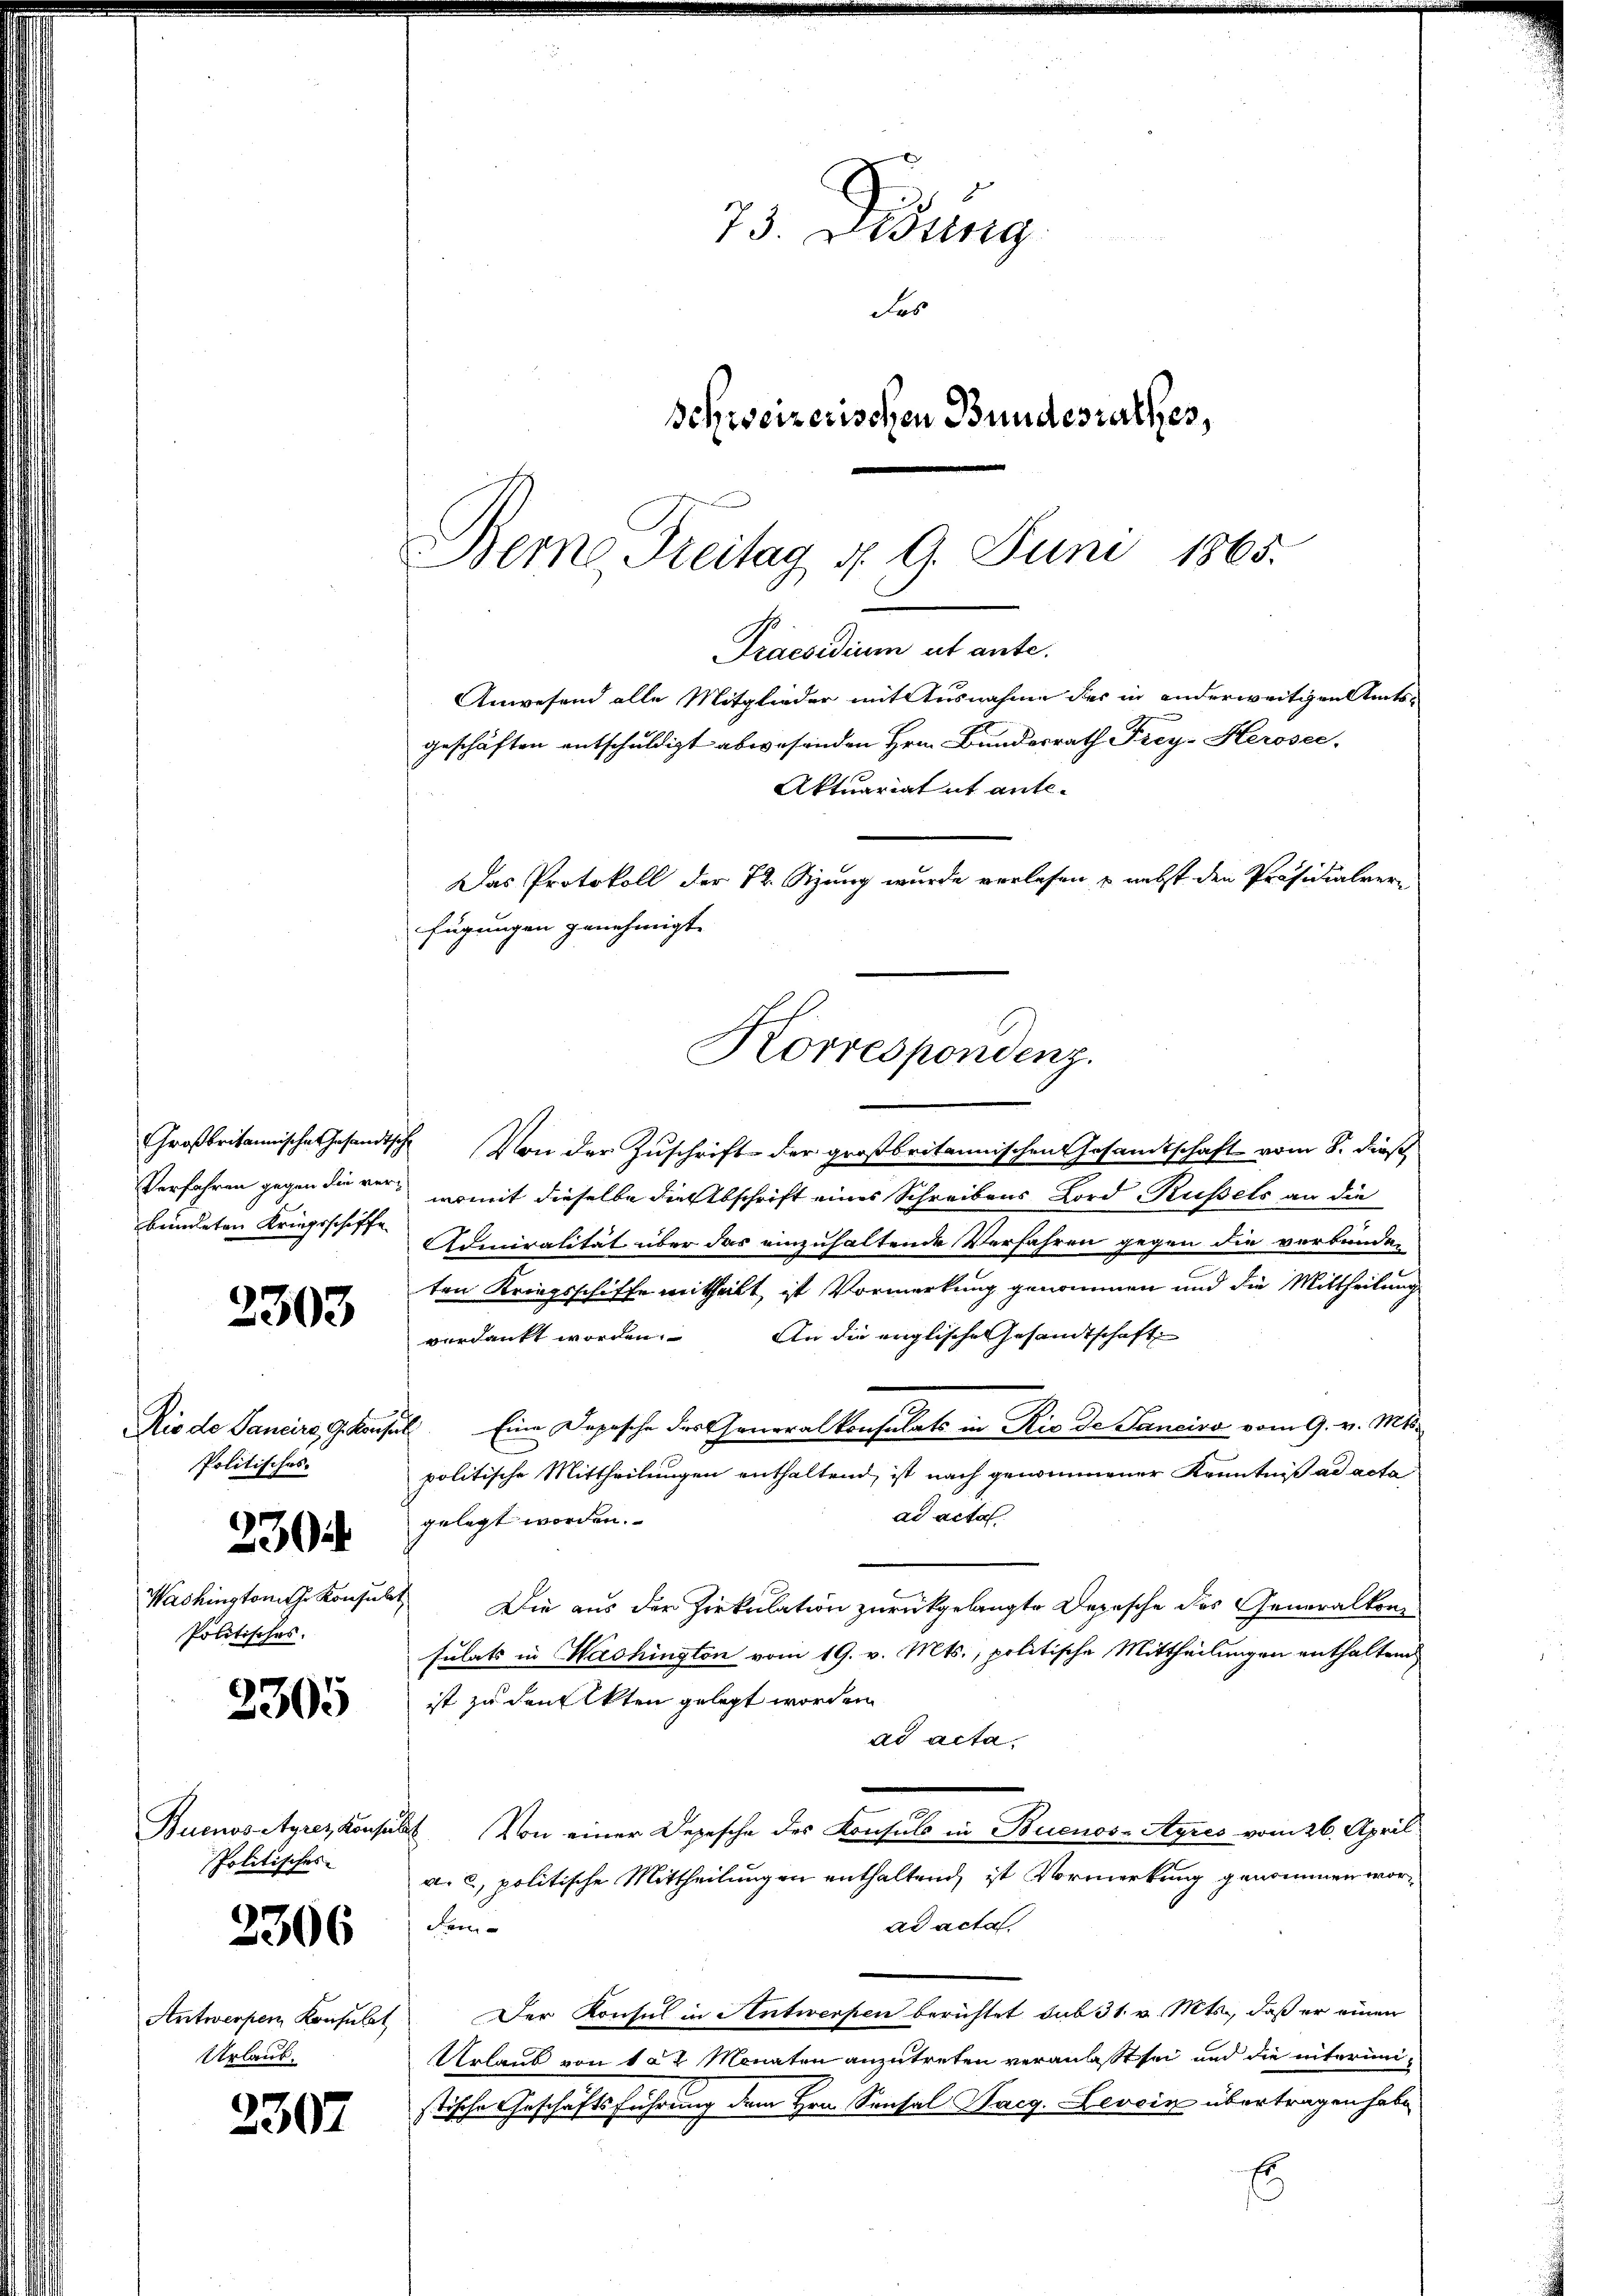
Großbritannisches Gesandtsch
Verfahren gegen die verbeindeten Kriegsschiffe

2303

Rio de Sancirs, G. kaufe
Politisches.
230
Washington ihr Konsul
Politisches.

2305

Buenos Ayres Konse
Politisches

2306

Antwerpen Konsulat
Urlaub.

2307

73. Distrig
das
Schweizerischen Bundesrathes,

Bern, Freitag d. 9. Juni 1865.
Praesidium ut ante.
Anwesend alle Mitglieder mit Ausnahme des in anderweitigen Amts-
geschäften entschuldigt abwesenden Hrn. Bundesrath Frey-Herosec
Aktuariat it ante-
Das Protokoll der 72. Sizung wurde verlesen, & nebst den Präsidialverfügungen genehmigt.
Korrespondenz.

Von der Zuschrift der großbritannischen Gesamtschaft vom 8. dieß
womit dieselbe die Abschrift eines Schreibens Lord Russetz an die
Admiralität über das einzuhaltende Verfahren gegen die verbunde-
ten Kriegsschiffe mittheilt ist Vormerkung genommen und die Mittheilung
verdankt worden. An die englische Gesandtschaft
 Eine Depesche des Generalkonsulats in Rio de Janeiro vom 9. v. Mts.
politische Mittheilungen enthaltend, ist nach genommener Kenntniß ad acta
ad acta
gelegt worden.
Die aus der Zirkulation zurückgelangte Depesche des Generalkonsulats in Washington vom 19. v. Mts., politische Mittheilungen enthalten
ist zu denkten gelegt worden
ad acta,
 Von einer Depesche des Konsuls in Buenos-Ayres vom 26. April
a. C, politische Mittheilungen enthaltend, ist Vormerkung genommen worad acta
Fri
Der Konsul in Antwerfen berichtet sub 31. v. Mts., daß er einen
Urlaub von 12 Monaten anzutreten veranlasst sei und die interimistische Geschäftsführung dem Hrn. Sontal Haeg. Tessin übertragen habe.
Es